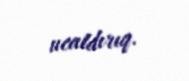
ucaldırıq.